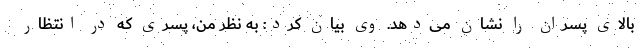
بالای پسران را نشان می‌دهد. وی بیان کرد: به نظر من، پسری که در انتظار